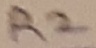
Text: R2